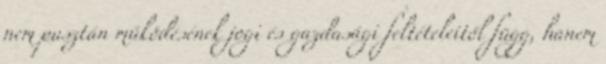
nem pusztán működésének jogi és gazdasági feltételeitől függ, hanem